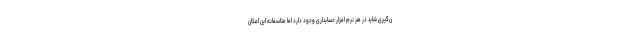
ن‌گیری شاید در هر نرم افزار حسابداری وجود دارد اما متاسفانه این امکان